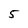
Character: 5